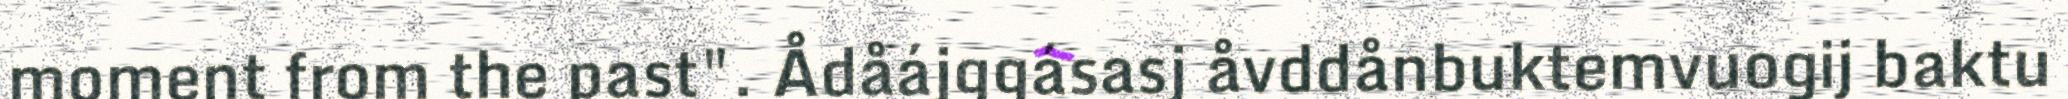
moment from the past". Ådåájggásasj åvddånbuktemvuogij baktu